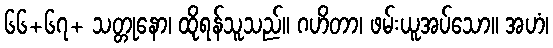
၆၆+၆၇+ သတ္တုနော၊ ထိုရန်သူသည်။ ဂဟိတာ၊ ဖမ်းယူအပ်သော။ အဟံ၊